Calcutta medical institutions reports 1871-78
Year: 1871
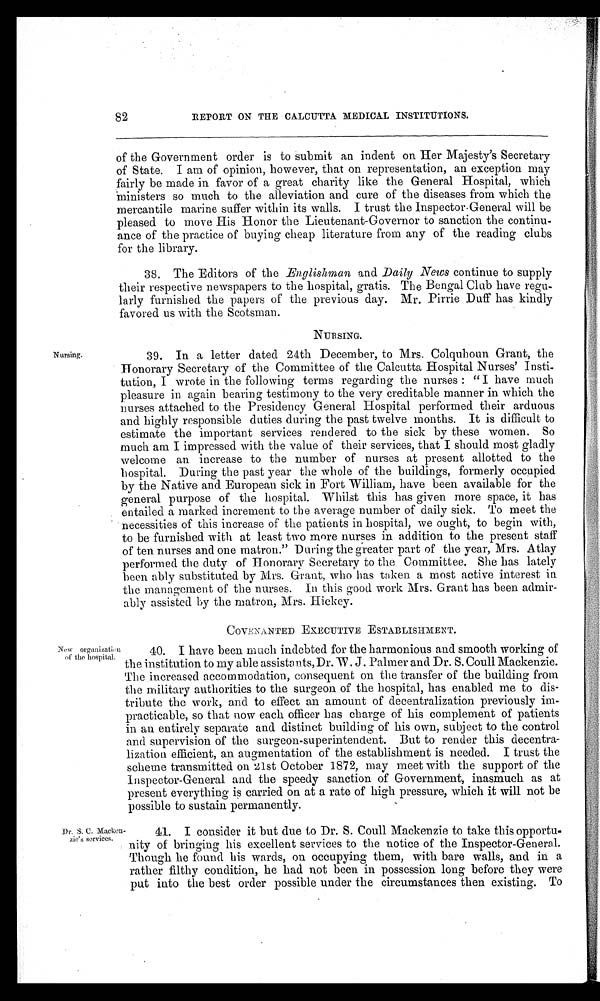
82
REPORT ON THE CALCUTTA MEDICAL INSTITUTIONS.
of the Government order is to submit an indent on Her Majesty's Secretary
of State. I am of opinion, however, that on representation, an exception may
fairly be made in favor of a great charity like the General Hospital, which
ministers so much to the alleviation and cure of the diseases from which the
mercantile marine suffer within its walls. I trust the Inspector-General will be
pleased to move His Honor the Lieutenant-Governor to sanction the continu-
ance of the practice of buying cheap literature from any of the reading clubs
for the library.
38. The Editors of the Englishman and Daily News continue to supply
their respective newspapers to the hospital, gratis. The Bengal Club have regu-
larly furnished the papers of the previous day. Mr. Pirrie Duff has kindly
favored us with the Scotsman.
NURSING.
Nursing.
39. In a letter dated 24th December, to Mrs. Colquhoun Grant, the
Honorary Secretary of the Committee of the Calcutta Hospital Nurses' Insti-
tution, I wrote in the following terms regarding the nurses : " I have much
pleasure in again bearing testimony to the very creditable manner in which the
nurses attached to the Presidency General Hospital performed their arduous
and highly responsible duties during the past twelve months. It is difficult to
estimate the important services rendered to the sick by these women. So
much am I impressed with the value of their services, that I should most gladly
welcome an increase to the number of nurses at present allotted to the
hospital. During the past year the whole of the buildings, formerly occupied
by the Native and European sick in Fort William, have been available for the
general purpose of the hospital. Whilst this has given more space, it has
entailed a marked increment to the average number of daily sick. To meet the
necessities of this increase of the patients in hospital, we ought, to begin with,
to be furnished with at least two more nurses in addition to the present staff
of ten nurses and one matron." During the greater part of the year, Mrs. Atlay
performed the duty of Honorary Secretary to the Committee. She has lately
been ably substituted by Mrs. Grant, who has taken a most active interest in
the management of the nurses. In this good work Mrs. Grant has been admir-
ably assisted by the matron, Mrs. Hickey.
COVENANTED EXECUTIVE ESTABLISHMENT.
New organization
of the hospital.
Dr. S. C. Macken-
zie's services.
40. I have been much indebted for the harmonious and smooth working of
the institution to my able assistants, Dr. W. J. Palmer and Dr. S. Coull Mackenzie.
The increased accommodation, consequent on the transfer of the building from
the military authorities to the surgeon of the hospital, has enabled me to dis-
tribute the work, and to effect an amount of decentralization previously im-
practicable, so that now each officer has charge of his complement of patients
in an entirely separate and distinct building of his own, subject to the control
and supervision of the surgeon-superintendent. But to render this decentra-
lization efficient, an augmentation of the establishment is needed. I trust the
scheme transmitted on 21st October 1872, may meet with the support of the
Inspector-General and the speedy sanction of Government, inasmuch as at
present everything is carried on at a rate of high pressure, which it will not be
possible to sustain permanently.
41. I consider it but due to Dr. S. Coull Mackenzie to take this opportu-
nity of bringing his excellent services to the notice of the Inspector-General.
Though he found his wards, on occupying them, with bare walls, and in a
rather filthy condition, he had not been in possession long before they were
put into the best order possible under the circumstances then existing. To